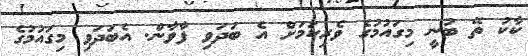
ކާކު ތޭ ބުނީ މިގައުމުގެ ވެރިކަމަށް އެ ބަދަވި ފާވާން. އެބަދަވި މިގައުމުގެ